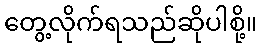
တွေ့လိုက်ရသည်ဆိုပါစို့။